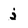
Character: j